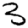
Digit: 3